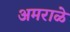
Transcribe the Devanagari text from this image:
अमराळे